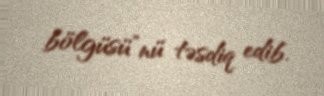
bölgüsü”nü təsdiq edib.